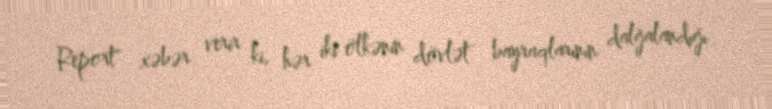
Report" xəbər verir ki, hər iki ölkənin dövlət bayraqlarının dalğalandığı